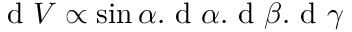
{ \textrm { d } } V \propto \sin \alpha . { \textrm { d } } \alpha . { \textrm { d } } \beta . { \textrm { d } } \gamma